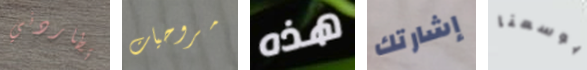
تطاردني مروحيات هذه إشارتك بوسعنا